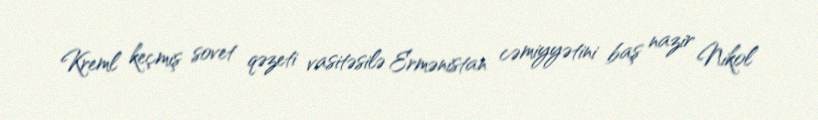
Kreml keçmiş sovet qəzeti vasitəsilə Ermənistan cəmiyyətini baş nazir Nikol